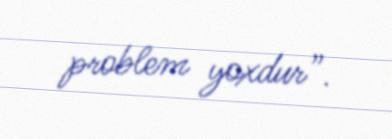
problem yoxdur”.